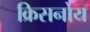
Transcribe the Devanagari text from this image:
क्रिसनोय